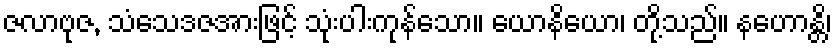
ဇလာဗုဇ, သံသေဒဇအားဖြင့် သုံးပါးကုန်သော။ ယောနိယော၊ တို့သည်။ နဟောန္တိ၊